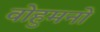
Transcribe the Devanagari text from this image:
वोहुमनो